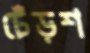
ঢেঁড়শ